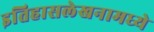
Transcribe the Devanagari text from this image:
इतिहासलेखनामध्ये